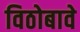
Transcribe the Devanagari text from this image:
विठोबावे